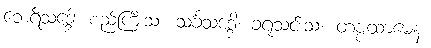
ဘေရိသဒ္ဒေါ၊ စည်ကြီးသံ။ သင်္ခသဒ္ဒေါ၊ ခရုသင်းသံ။ တဗ္ဗထာမေန၊